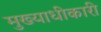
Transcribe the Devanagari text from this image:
मुख्याधीकारी